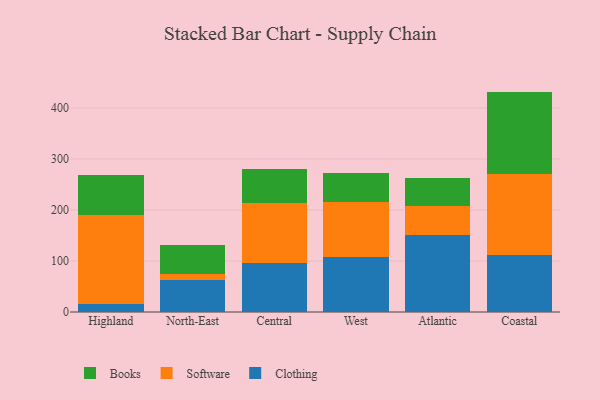
{"axis": {"x": "Region", "y": "Website Visitors"}, "legend": ["Books", "Clothing", "Software"], "data": [{"x": "Highland", "y": 15.0, "type": "Clothing"}, {"x": "Highland", "y": 175.7, "type": "Software"}, {"x": "Highland", "y": 78.5, "type": "Books"}, {"x": "North-East", "y": 63.5, "type": "Clothing"}, {"x": "North-East", "y": 11.7, "type": "Software"}, {"x": "North-East", "y": 55.6, "type": "Books"}, {"x": "Central", "y": 96.9, "type": "Clothing"}, {"x": "Central", "y": 117.1, "type": "Software"}, {"x": "Central", "y": 66.1, "type": "Books"}, {"x": "West", "y": 107.4, "type": "Clothing"}, {"x": "West", "y": 108.5, "type": "Software"}, {"x": "West", "y": 55.7, "type": "Books"}, {"x": "Atlantic", "y": 150.2, "type": "Clothing"}, {"x": "Atlantic", "y": 57.1, "type": "Software"}, {"x": "Atlantic", "y": 55.7, "type": "Books"}, {"x": "Coastal", "y": 111.8, "type": "Clothing"}, {"x": "Coastal", "y": 159.4, "type": "Software"}, {"x": "Coastal", "y": 160.9, "type": "Books"}]}